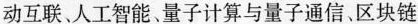
动互联、人工智能、量子计算与量子通信、区块链